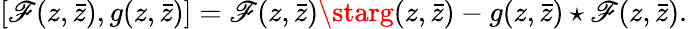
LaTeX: [\mathscr{F}(z,\bar{{z}}),g(z,\bar{{z}})]=\mathscr{F}(z,\bar{{z}})\starg(z,\bar{{z}})-g(z,\bar{{z}})\star\mathscr{F}(z,\bar{{z}}).